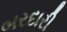
બરદારી